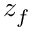
z _ { f }